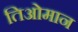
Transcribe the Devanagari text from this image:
तिओमान